Treatise on elephants
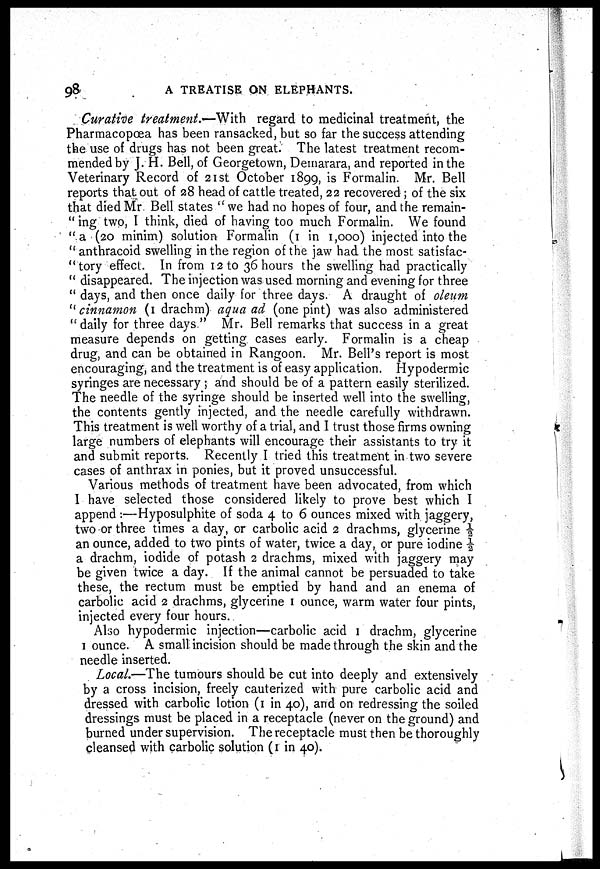
98
A TREATISE ON ELEPHANTS.
Curative treatment.—With regard to medicinal treatment, the
Pharmacopœa has been ransacked, but so far the success attending
the use of drugs has not been great. The latest treatment recom-
mended by J. H. Bell, of Georgetown, Demarara, and reported in the
Veterinary Record of 21st October 1899, is Formalin. Mr. Bell
reports that out of 28 head of cattle treated, 22 recovered ; of the six
that died Mr Bell states " we had no hopes of four, and the remain-
" ing two, I think, died of having too much Formalin. We found
"a (20 minim) solution Formalin (1 in 1,000) injected into the
" anthracoid swelling in the region of the jaw had the most satisfac-
tory effect. In from 12 to 36 hours the swelling had practically
" disappeared. The injection was used morning and evening for three
" days, and then once daily for three days. A draught of oleum
" cinnamon (1 drachm) aqua ad (one pint) was also administered
" daily for three days." Mr. Bell remarks that success in a great
measure depends on getting cases early. Formalin is a cheap
drug, and can be obtained in Rangoon. Mr. Bell's report is most
encouraging, and the treatment is of easy application. Hypodermic
syringes are necessary ; and should be of a pattern easily sterilized.
The needle of the syringe should be inserted well into the swelling,
the contents gently injected, and the needle carefully withdrawn.
This treatment is well worthy of a trial, and I trust those firms owning
large numbers of elephants will encourage their assistants to try it
and submit reports. Recently I tried this treatment in two severe
cases of anthrax in ponies, but it proved unsuccessful.
Various methods of treatment have been advocated, from which
I have selected those considered likely to prove best which I
append :—Hyposulphite of soda 4 to 6 ounces mixed with jaggery,
two or three times a day, or carbolic acid 2 drachms, glycerine ½
an ounce, added to two pints of water, twice a day, or pure iodine ½
a drachm, iodide of potash 2 drachms, mixed with jaggery may
be given twice a day. If the animal cannot be persuaded to take
these, the rectum must be emptied by hand and an enema of
carbolic acid 2 drachms, glycerine 1 ounce, warm water four pints,
injected every four hours.
Also hypodermic injection—carbolic acid 1 drachm, glycerine
1 ounce. A small incision should be made through the skin and the
needle inserted.
Local.—The tumours should be cut into deeply and extensively
by a cross incision, freely cauterized with pure carbolic acid and
dressed with carbolic lotion (1 in 40), and on redressing the soiled
dressings must be placed in a receptacle (never on the ground) and
burned under supervision. The receptacle must then be thoroughly
cleansed with carbolic solution (1 in 40).